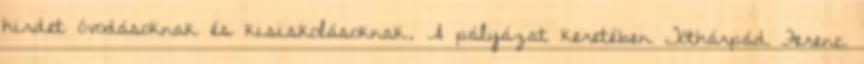
hirdet óvodásoknak és kisiskolásoknak. A pályázat keretében Tóthárpád Ferenc